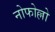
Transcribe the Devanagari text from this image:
नोफोल्लो